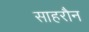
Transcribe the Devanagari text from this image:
साहरौन